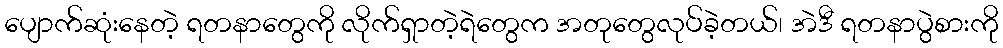
ပျောက်ဆုံးနေတဲ့ ရတနာတွေကို လိုက်ရှာတဲ့ရဲတွေက အတုတွေလုပ်ခဲ့တယ်၊ အဲဒီ ရတနာပွဲစားကို